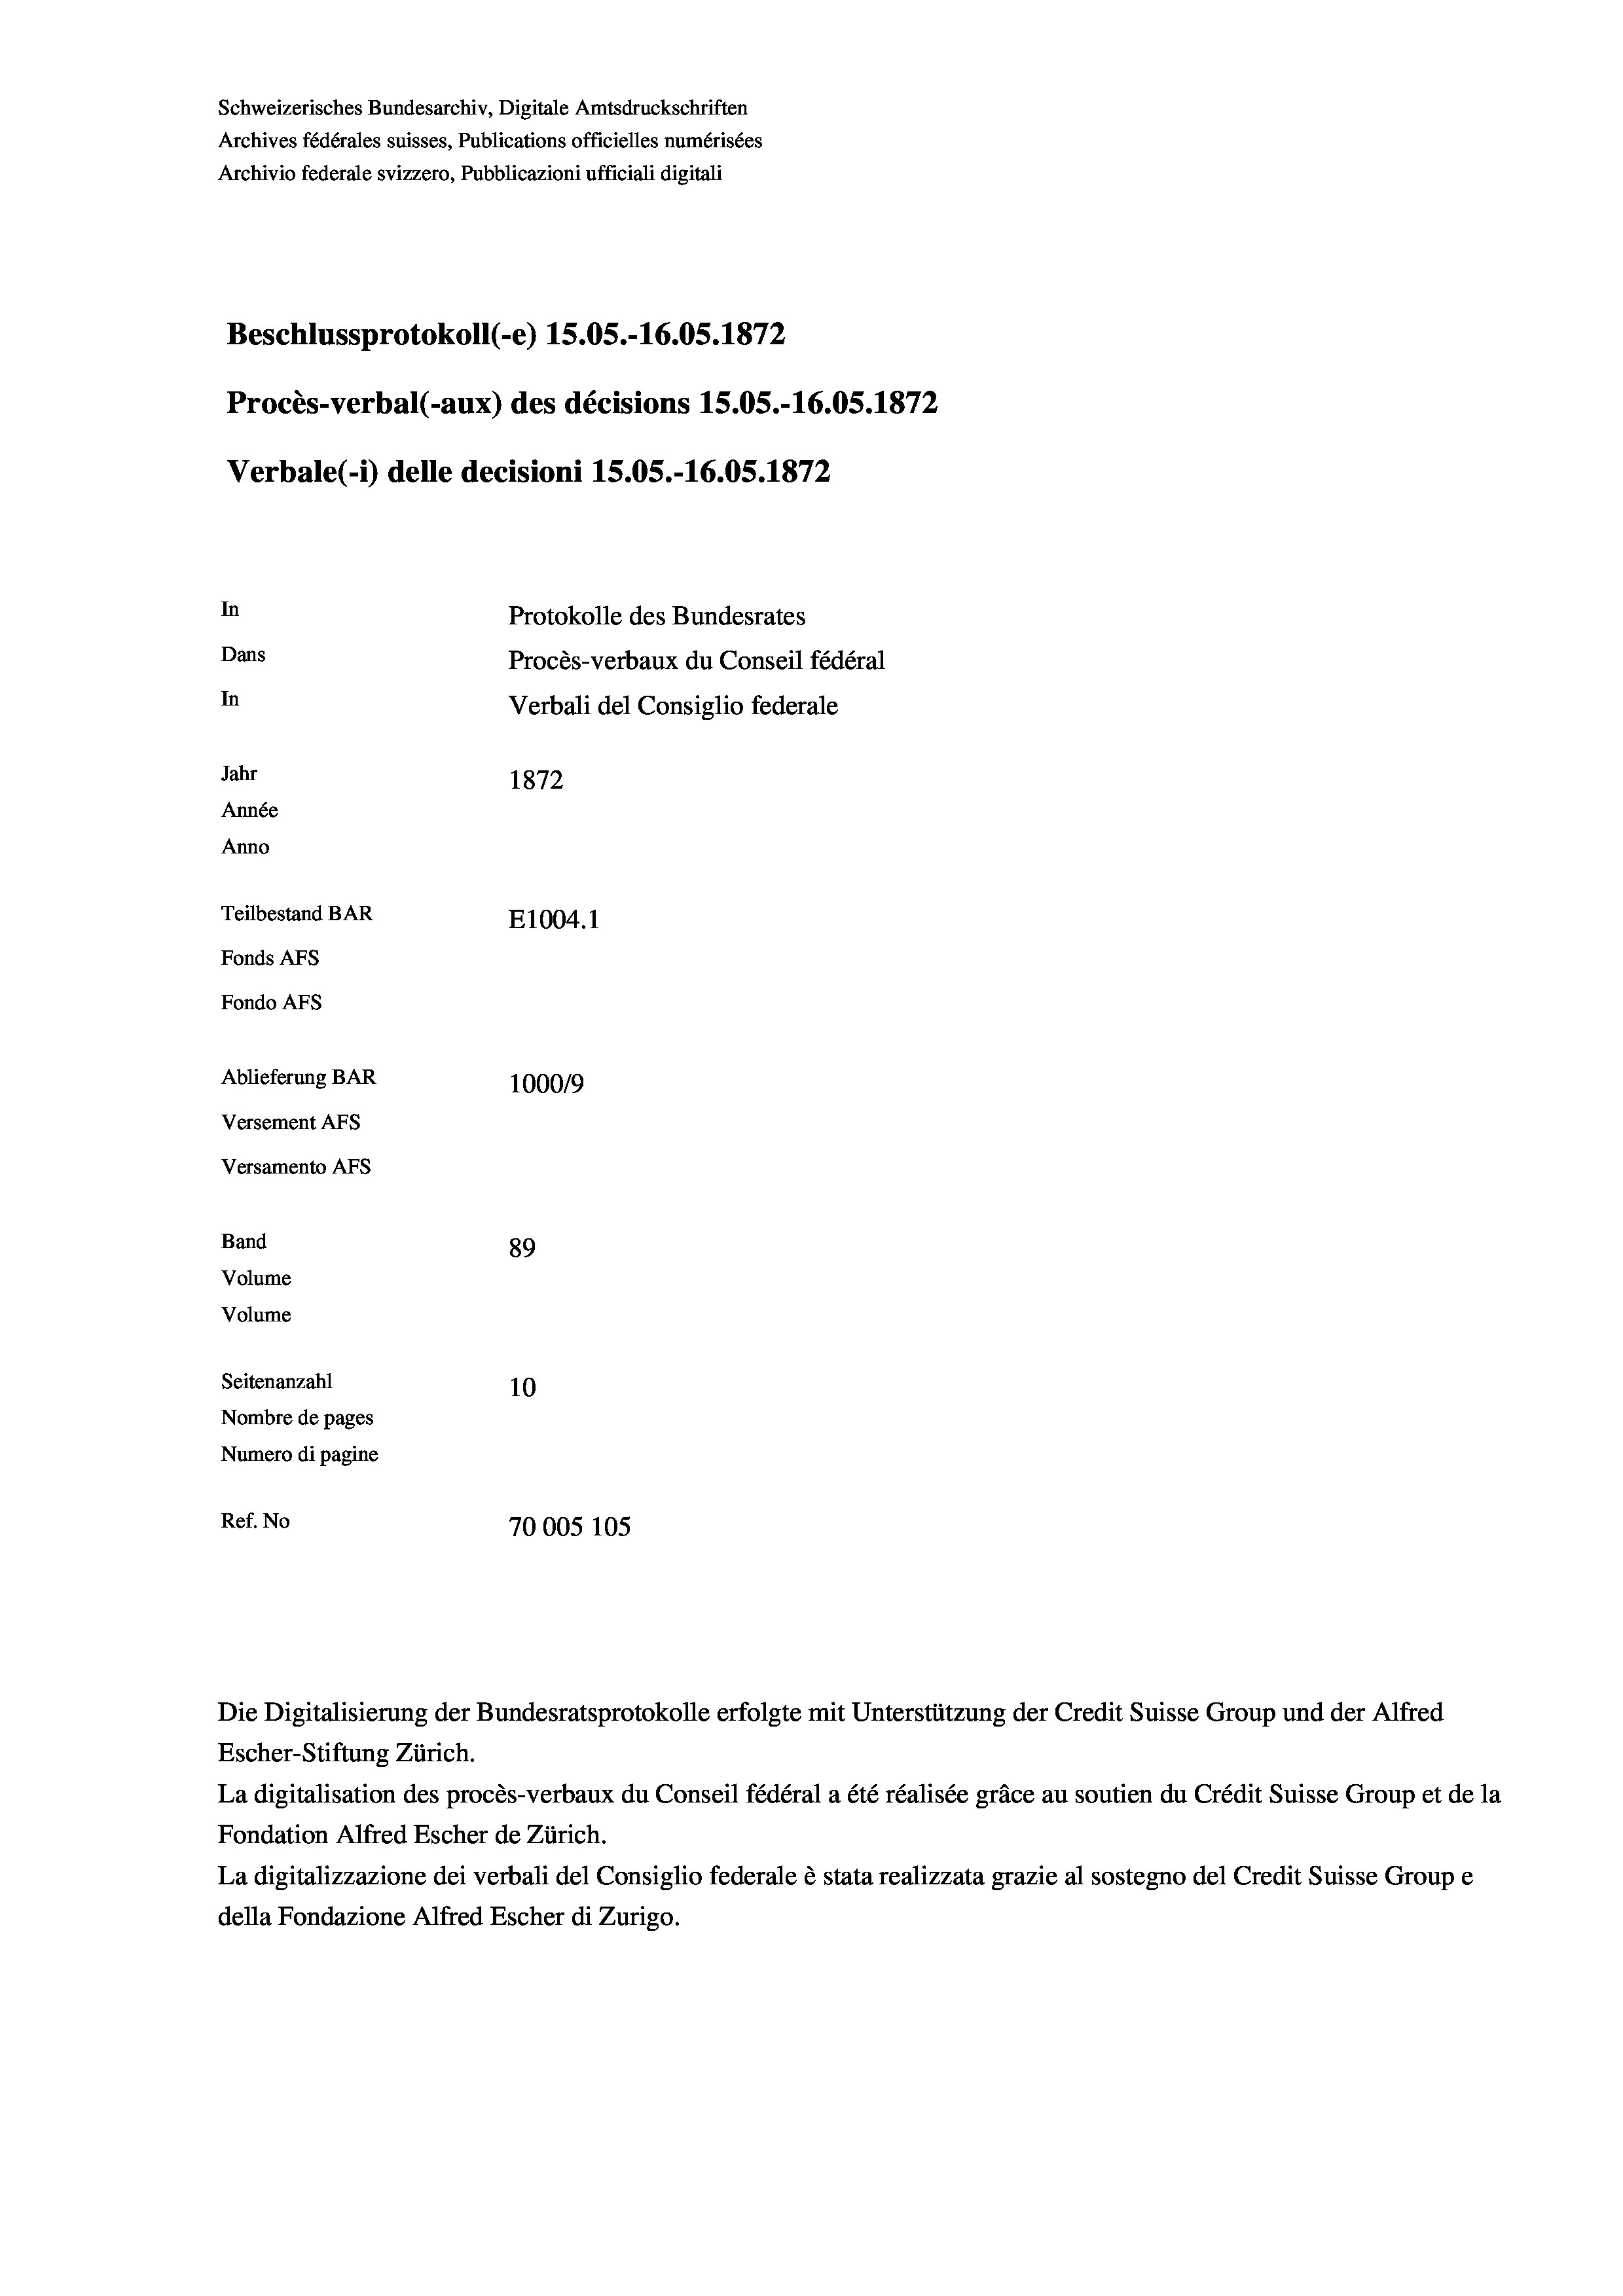
Schweizerisches Bundesarchiv, Digitale Amtsdruckschriften
Archives fédérales suisses, Publications officielles numérisées
Archivio federale svizzero, Pubblicazioni ufficiali digitali
Beschlussprotokoll (-e) 15.05.-16.05. 1872
Procès-verbal (-aux) des décisions 15.05.-16.05. 1872
Verbale(-*) delle decisioni 15.05.-16.05. 1872
In
Protokolle des Bundesrates
Dans
Procès-verbaux du Conseil fédéral
In
Verbali del Consiglio federale
Jahr
1872
Année
Anno
Teilbestand BAR
E1004. 1
Fonds AFs
Fondo Afs
Ablieferung BAR
100019
Versement Ans
Versamento Afs
Band
89
Volume
Volume
Seitenanzahl
10
Nombre de pages
Numero di pagine
Ref. No
70005 105

Die Digitalisierung der Bundesratsprotokolle erfolgte mit Unterstützung der Credit Suisse Group und der Alfred

Escher-Stiftung Zürich.
La digitalisation des procès-verbaux du Conseil fédéral a été réalisée gräce au soutien du Crédit Suisse Group et de la
Fondation Alfred Escher de Zürich.
La digitalizzazione dei verbali del Consiglio federale è stata realizzata grazie al sostegno del Credit Suisse Groupe
della Fondazione Alfred Escher di Zurigo.